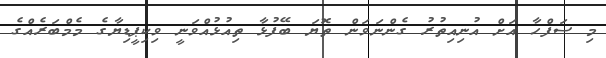
މި ސަފްހާ އަށް އުނިއިތުރު ގެންނަވަން ތޮޔަ ބޭފުޅާ ތިއުޅުއްވަނީ ވިކިޕީޑިޔާގެ މެމްބަރެއްގެ